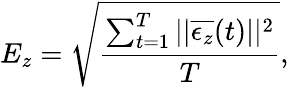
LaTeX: E_{z}=\sqrt{\frac{\sum_{t=1}^{T}||\overline{{\epsilon_{z}}}(t)||^{2}}{T}},